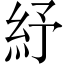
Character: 紓